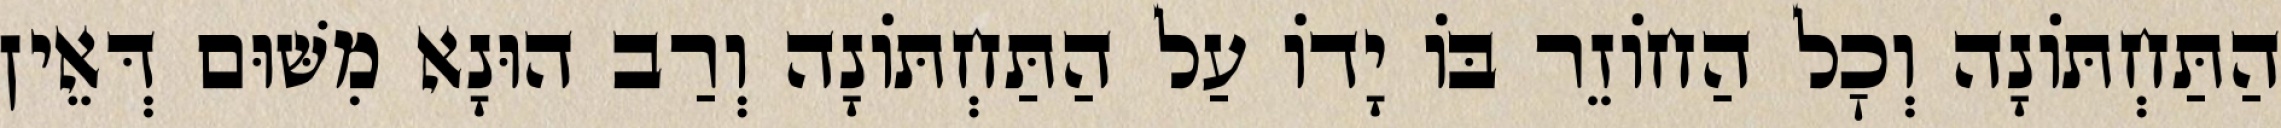
הַתַּחְתּוֹנָה וְכׇל הַחוֹזֵר בּוֹ יָדוֹ עַל הַתַּחְתּוֹנָה וְרַב הוּנָא מִשּׁוּם דְּאֵין